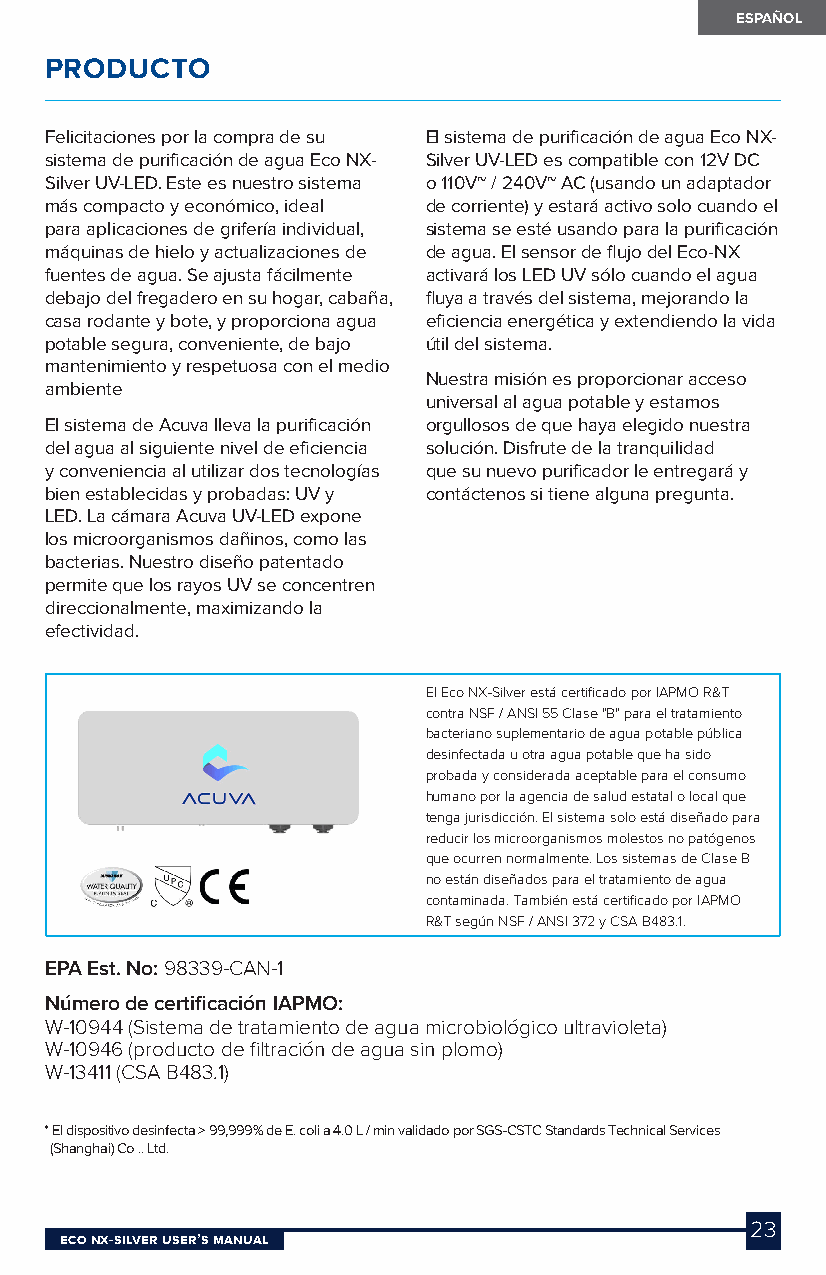
ESPAÑOL
 PRODUCTO
 Felicitaciones por la compra de su El sistema de purificación de agua Eco NX-
 sistema de purificación de agua Eco NX- Silver UV-LED es compatible con 12V DC
 Silver UV-LED. Este es nuestro sistema o110V~ / 240V~ AC (usando un adaptador
 más compacto y económico, ideal de corriente) y estará activo solo cuando el
 para aplicaciones de grifería individual, sistema se esté usando para la purificación
 máquinas de hielo y actualizaciones de de agua. El sensor de flujo del Eco-NX
 fuentes de agua. Se ajusta fácilmente activará los LED UV sólo cuando el agua
 debajo del fregadero en su hogar, cabaña, fluya a través del sistema, mejorando la
 casa rodante y bote, y proporciona agua eficiencia energética y extendiendo la vida
 potable segura, conveniente, de bajo útil del sistema.
 mantenimiento y respetuosa con el medio
 Nuestra misión es proporcionar acceso
 ambiente
 universal al agua potable y estamos
 El sistema de Acuva lleva la purificación orgullosos de que haya elegido nuestra
 del agua al siguiente nivel de eficiencia solución. Disfrute de la tranquilidad
 y conveniencia al utilizar dos tecnologías que su nuevo purificador le entregará y
 bien establecidas y probadas: UV y contáctenos si tiene alguna pregunta.
 LED. La cámara Acuva UV-LED expone
 los microorganismos dañinos, como las
 bacterias. Nuestro diseño patentado
 permite que los rayos UV se concentren
 direccionalmente, maximizando la
 efectividad.
 El Eco NX-Silver está certificado por IAPMO R&T
 contra NSF / ANSI 55 Clase "B" para el tratamiento
 bacteriano suplementario de agua potable pública
 desinfectada u otra agua potable que ha sido
 probada y considerada aceptable para el consumo
 humano por la agencia de salud estatal o local que
 tenga jurisdicción. El sistema solo está diseñado para
 reducir los microorganismos molestos no patógenos
 que ocurren normalmente. Los sistemas de Clase B
 no están diseñados para el tratamiento de agua
 contaminada. También está certificado por IAPMO
 R&T según NSF / ANSI 372 y CSA B483.1.
 EPA Est. No: 98339-CAN-1
 Número de certificación IAPMO:
 W-10944 (Sistema de tratamiento de agua microbiológico ultravioleta)
 W-10946 (producto de filtración de agua sin plomo)
 W-13411 (CSA B483.1)
 * El dispositivo desinfecta > 99,999% de E. coli a 4.0 L / min validado por SGS-CSTC Standards Technical Services
 (Shanghai) Co .. Ltd.
 23
 Eco NX-SilvEr USEr’S MaNUal